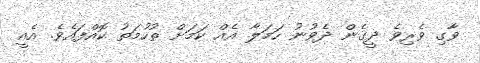
ވާގި ވެރިވެ ދީގެން ދެވުނު ހަމަލާ އެއް ކަމަށް ތުހުމަތު ކޮއްފައެވެ. އެއީ